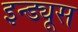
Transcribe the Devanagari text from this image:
इन्ड्यूस